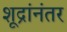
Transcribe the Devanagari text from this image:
शूद्रांनंतर